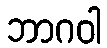
ဘာဂဝါ